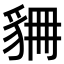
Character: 𧲾